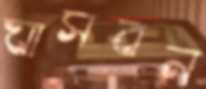
ঘাসবন